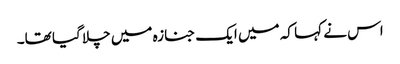
اس نے کہا کہ میں ایک جنازہ میں چلا گیا تھا۔